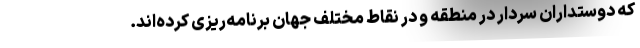
که دوستداران سردار در منطقه و در نقاط مختلف جهان برنامه‌ریزی کرده‌اند.